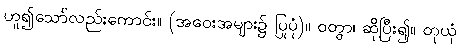
ဟူ၍သော်လည်းကောင်း။ (အဝေးအများ၌ ပြုပုံ)။ ဝတွာ၊ ဆိုပြီး၍။ တုယှံ